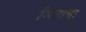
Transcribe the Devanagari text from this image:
मितीचा